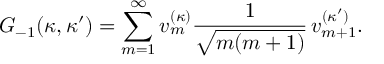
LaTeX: G _ { - 1 } ( \kappa , \kappa ^ { \prime } ) = \sum _ { m = 1 } ^ { \infty } v _ { m } ^ { ( \kappa ) } \frac { 1 } { \sqrt { m ( m + 1 ) } } \, v _ { m + 1 } ^ { ( \kappa ^ { \prime } ) } .